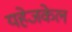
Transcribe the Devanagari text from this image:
यहेजकेल